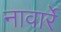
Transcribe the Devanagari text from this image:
नावार्रे